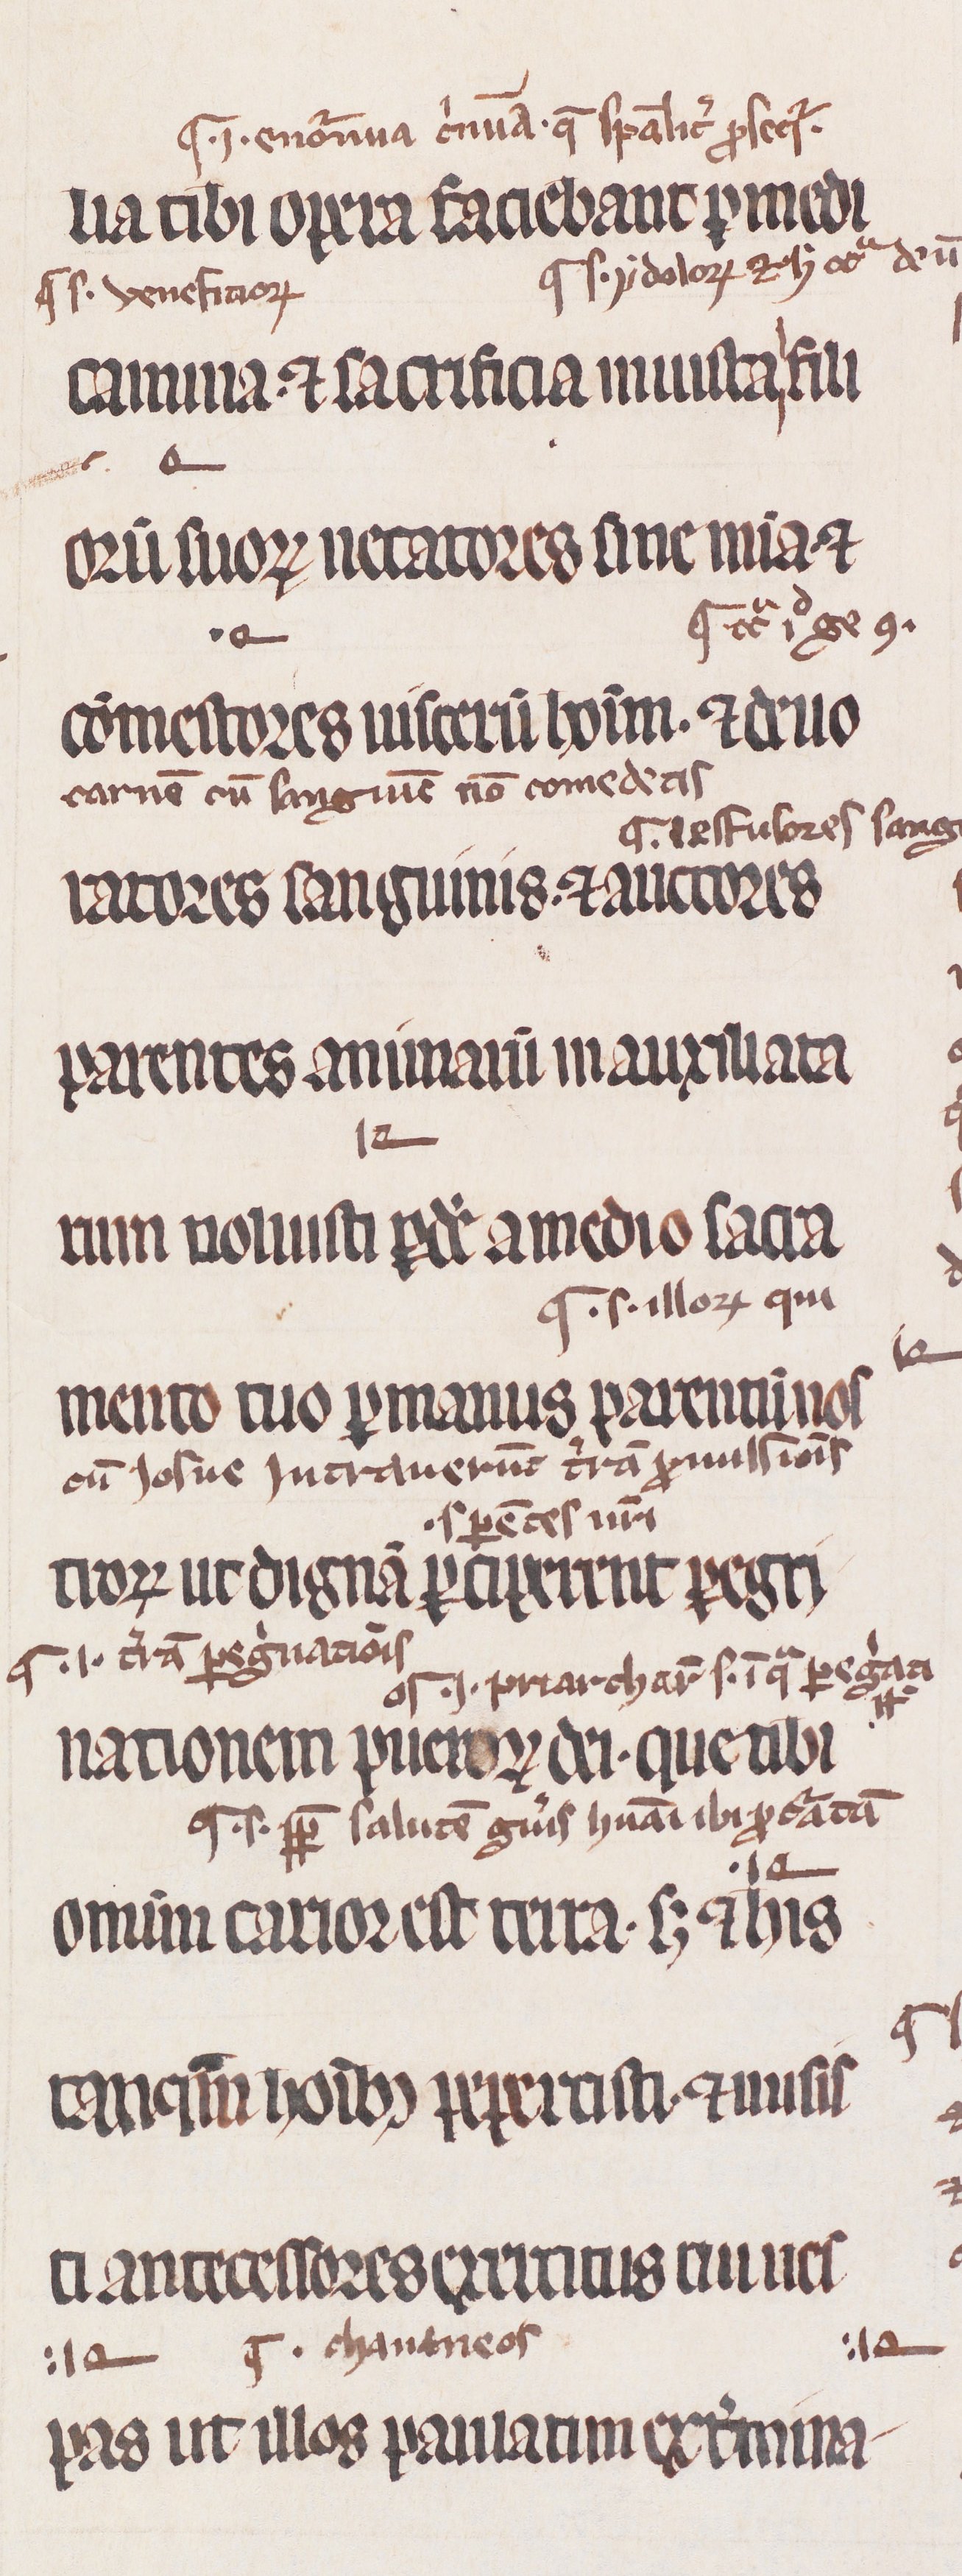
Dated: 1200–1299